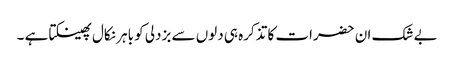
بے شک ان حضرات کا تذکرہ ہی دلوں سے بزدلی کو باہر نکال پھینکتا ہے ۔